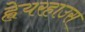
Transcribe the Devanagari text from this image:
ह्वेयरहाउस